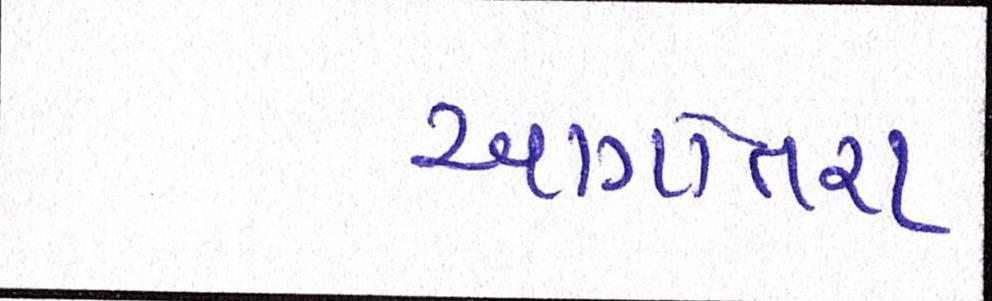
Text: આગોતરાં